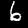
Label: 6